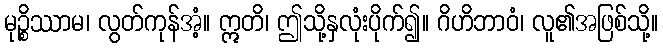
မုဉ္စိဿာမ၊ လွတ်ကုန်အံ့။ ဣတိ၊ ဤသို့နှလုံးပိုက်၍။ ဂိဟိဘာဝံ၊ လူ၏အဖြစ်သို့။